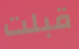
قبلت